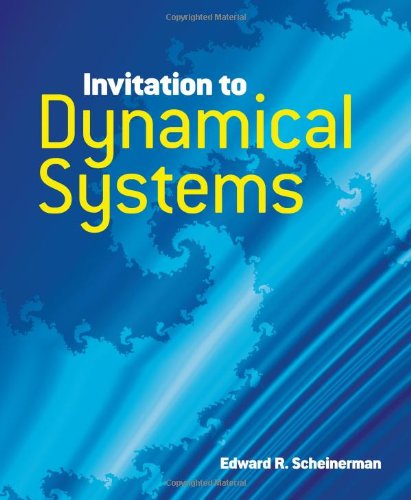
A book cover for Invitation to Dynamical Systems (Dover Books on Mathematics); Prof. Edward R. Scheinerman; Science & Math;